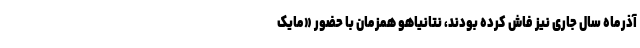
آذرماه سال جاری نیز فاش کرده بودند، نتانیاهو همزمان با حضور «مایک